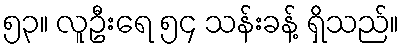
၅၃။ လူဦးရေ ၅၄ သန်းခန့် ရှိသည်။